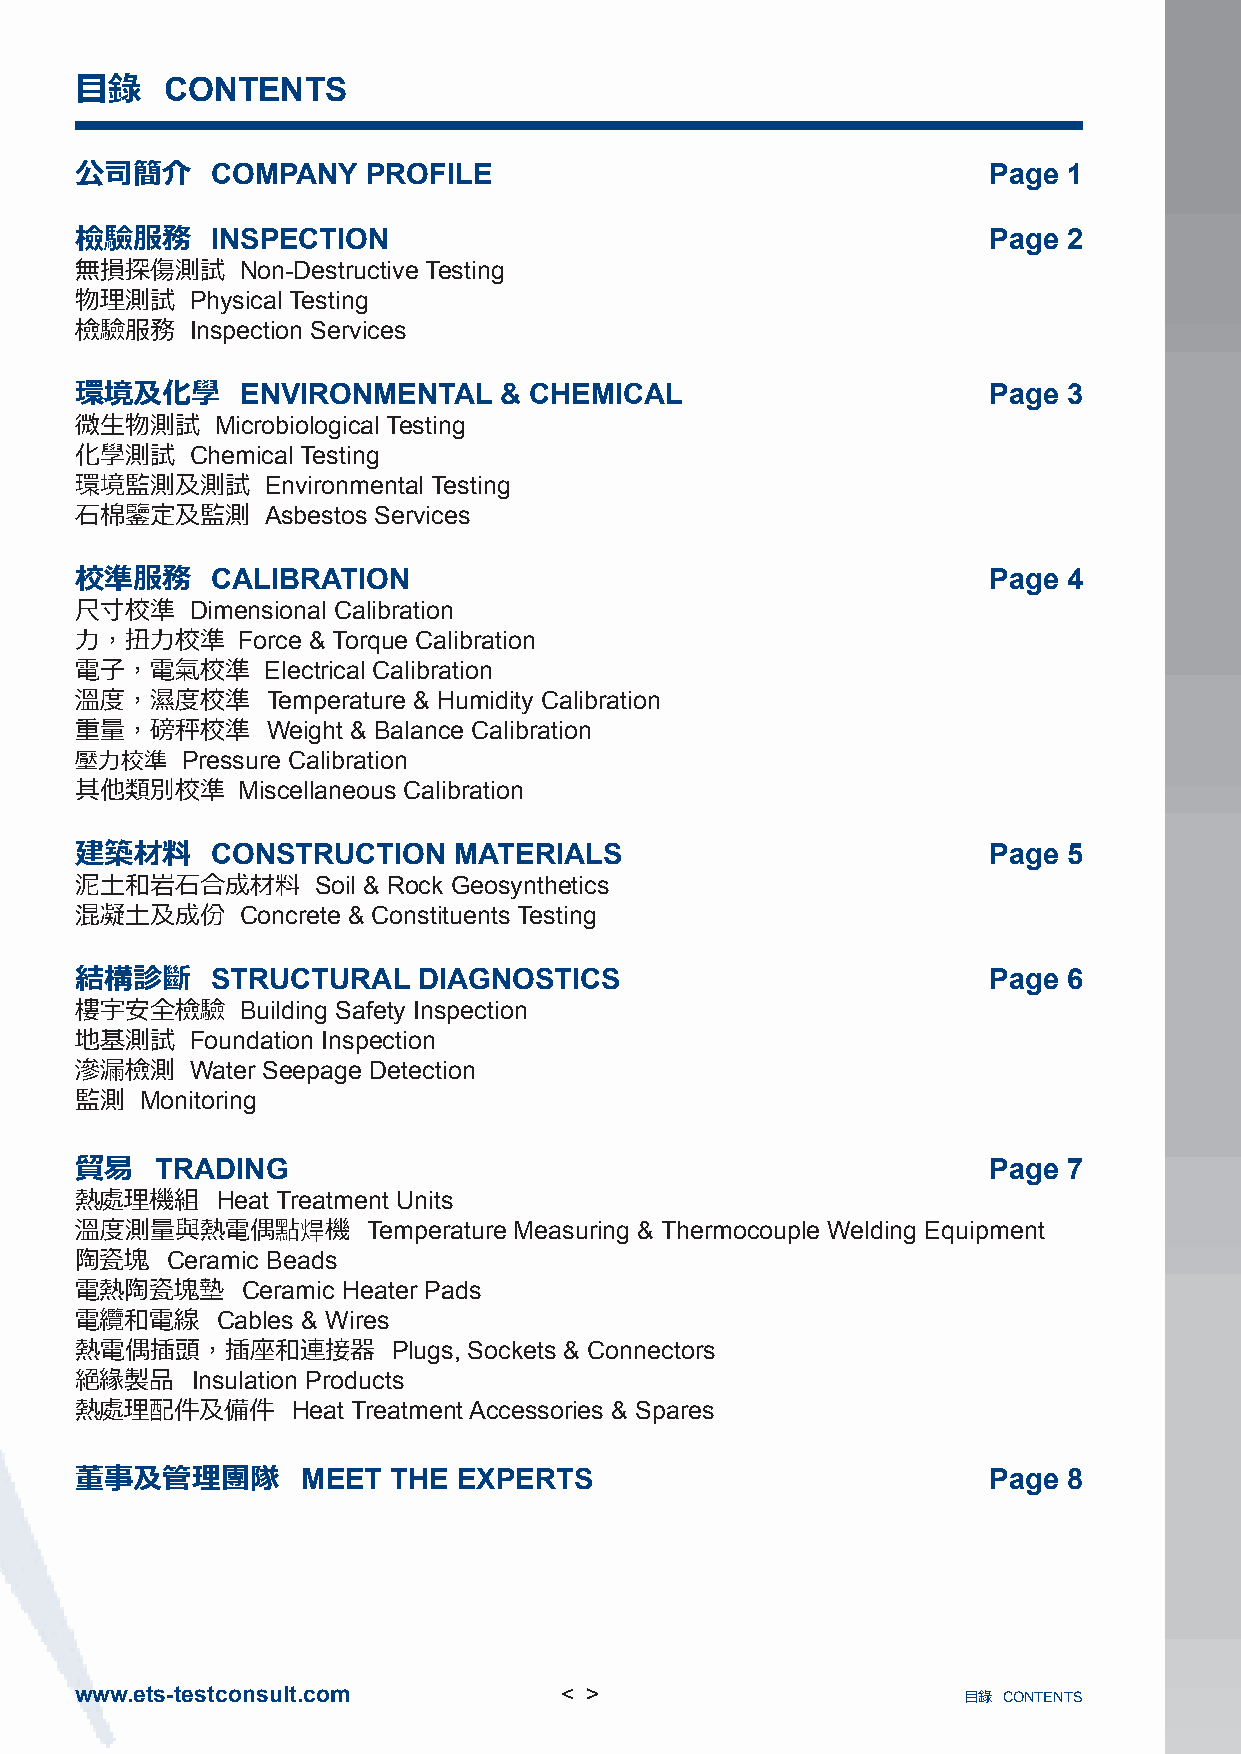
目錄    CONTENTS
 公司簡介     COMPANY   PROFILE                                  Page  1
 檢驗服務     INSPECTION                                         Page  2
 無損探傷測試     Non-Destructive Testing
 物理測試    Physical Testing
 檢驗服務    Inspection Services
 環境及化學      ENVIRONMENTAL    & CHEMICAL                      Page  3
 微生物測試    Microbiological Testing
 化學測試    Chemical Testing
 環境監測及測試      Environmental Testing
 石棉鑒定及監測      Asbestos Services
 校準服務     CALIBRATION                                        Page  4
 尺寸校準    Dimensional Calibration
 力，扭力校準     Force & Torque Calibration
 電子，電氣校準      Electrical Calibration
 溫度，濕度校準      Temperature & Humidity Calibration
 重量，磅秤校準      Weight & Balance Calibration
 壓力校準   Pressure Calibration
 其他類別校準     Miscellaneous Calibration
 建築材料     CONSTRUCTION    MATERIALS                          Page  5
 泥土和岩石合成材料       Soil & Rock Geosynthetics
 混凝土及成份     Concrete & Constituents Testing
 結構診斷     STRUCTURAL    DIAGNOSTICS                          Page  6
 樓宇安全檢驗     Building Safety Inspection
 地基測試    Foundation Inspection
 滲漏檢測    Water Seepage Detection
 監測  Monitoring
 貿易   TRADING                                                Page  7
 熱處理機組    Heat Treatment Units
 溫度測量與熱電偶點焊機        Temperature Measuring & Thermocouple Welding Equipment
 陶瓷塊   Ceramic Beads
 電熱陶瓷塊墊     Ceramic Heater Pads
 電纜和電線    Cables & Wires
 熱電偶插頭，插座和連接器         Plugs, Sockets & Connectors
 絕緣製品    Insulation Products
 熱處理配件及備件      Heat Treatment Accessories & Spares
 董事及管理團隊        MEET  THE EXPERTS                            Page  8
 www.ets-testconsult.com         < >                        目錄 CONTENTS